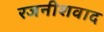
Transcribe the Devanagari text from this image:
रजनीशवाद